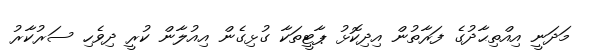
މަދަނީ އިއްތިޙާދުގެ ފަރާތުން އިދިކޮޅު ޕާޓީތަކާ ގުޅިގެން އިއުލާން ކުރީ ދިވެހި ސަރުކާރު